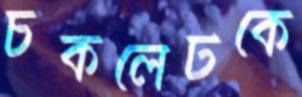
চকলেটকে